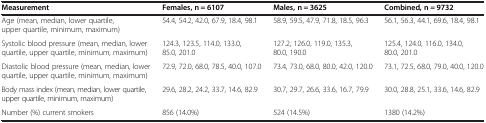
| Measurement | Females, n = 6107 | Males, n = 3625 | Combined, n = 9732 |
 | --- | --- | --- | --- |
 | Age (mean, median, lower quartile, upper quartile, minimum, maximum) | 54.4, 54.2, 42.0, 67.9, 18.4, 98.1 | 58.9, 59.5, 47.9, 71.8, 18.5, 96.3 | 56.1, 56.3, 44.1, 69.6, 18.4, 98.1 |
 | Systolic blood pressure (mean, median, lower quartile, upper quartile, minimum, maximum) | 124.3, 123.5, 114.0, 133.0, 85.0, 201.0 | 127.2, 126.0, 119.0, 135.3, 80.0, 190.0 | 125.4, 124.0, 116.0, 134.0, 80.0, 201.0 |
 | Diastolic blood pressure (mean, median, lower quartile, upper quartile, minimum, maximum) | 72.9, 72.0, 68.0, 78.5, 40.0, 107.0 | 73.4, 73.0, 68.0, 80.0, 42.0, 120.0 | 73.1, 72.5, 68.0, 79.0, 40.0, 120.0 |
 | Body mass index (mean, median, lower quartile, upper quartile, minimum, maximum) | 29.6, 28.2, 24.2, 33.7, 14.6, 82.9 | 30.7, 29.7, 26.6, 33.6, 16.7, 79.9 | 30.0, 28.8, 25.1, 33.6, 14.6, 82.9 |
 | Number (%) current smokers | 856 (14.0%) | 524 (14.5%) | 1380 (14.2%) |